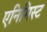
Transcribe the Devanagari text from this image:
एनिमिस्ट